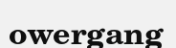
owergang